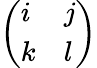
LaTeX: \left(\begin{array}{ll}{i}&{j}\\ {k}&{l}\end{array}\right)